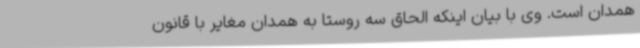
همدان است. وی با بیان اینکه الحاق سه روستا به همدان مغایر با قانون